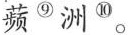
蘋 ^{⑨} 洲 ^{⑩}。